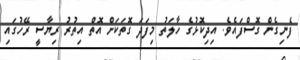
ފެނިގެން ގޮސްފައެވެ. އިދިކޮޅުގެ ހާލަތު މިފަދަ ގޮތަކަށް އޮތް އިތުރު ރިޔާސީ ރޭހުގައި